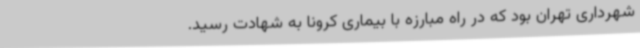
شهرداری تهران بود که در راه مبارزه با بیماری کرونا به شهادت رسید.